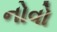
નોવો